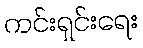
ကင်းရှင်းရေး